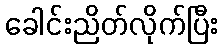
ခေါင်းညိတ်လိုက်ပြီး